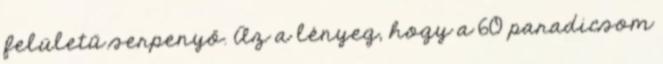
felületű serpenyő. Az a lényeg, hogy a 60 paradicsom